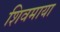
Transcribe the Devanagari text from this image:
शिवमाया